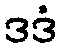
ဒဒံ